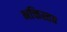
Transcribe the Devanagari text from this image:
भक्तिस्तव